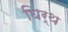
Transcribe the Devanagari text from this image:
घिर्थ